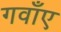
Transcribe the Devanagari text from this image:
गवाँए